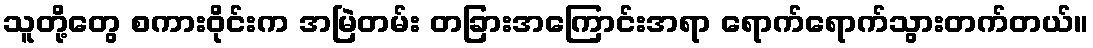
သူတို့တွေ စကားဝိုင်းက အမြဲတမ်း တခြားအကြောင်းအရာ ရောက်ရောက်သွားတက်တယ်။